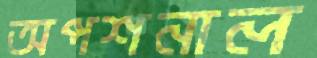
অপশনাল